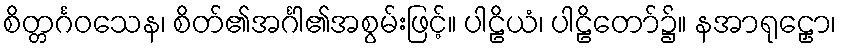
စိတ္တင်္ဂဝသေန၊ စိတ်၏အင်္ဂါ၏အစွမ်းဖြင့်။ ပါဠိယံ၊ ပါဠိတော်၌။ နအာရုဠှော၊